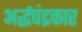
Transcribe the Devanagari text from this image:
अर्द्धचंद्रकार